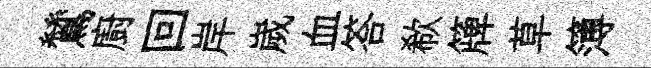
鷥廚回岸嵗血答欷簰草簿